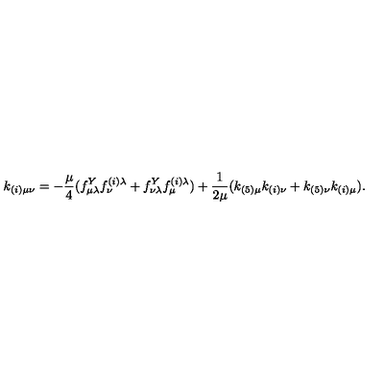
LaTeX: k _ { ( i ) \mu \nu } = - { \frac { \mu } { 4 } } ( f _ { \mu \lambda } ^ { Y } f _ { \nu } ^ { ( i ) \lambda } + f _ { \nu \lambda } ^ { Y } f _ { \mu } ^ { ( i ) \lambda } ) + { \frac { 1 } { 2 \mu } } ( k _ { ( 5 ) \mu } k _ { ( i ) \nu } + k _ { ( 5 ) \nu } k _ { ( i ) \mu } ) .